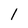
Character: l